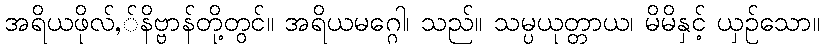
အရိယဖိုလ်,်နိဗ္ဗာန်တို့တွင်။ အရိယမဂ္ဂေါ၊ သည်။ သမ္ပယုတ္တာယ၊ မိမိနှင့် ယှဉ်သော။